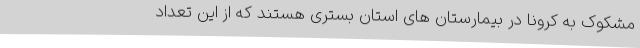
مشکوک به کرونا در بیمارستان های استان بستری هستند که از این تعداد